Civil Veterinary Dept. Assam report 1911-1927 - 1911-1927
Year: 1911
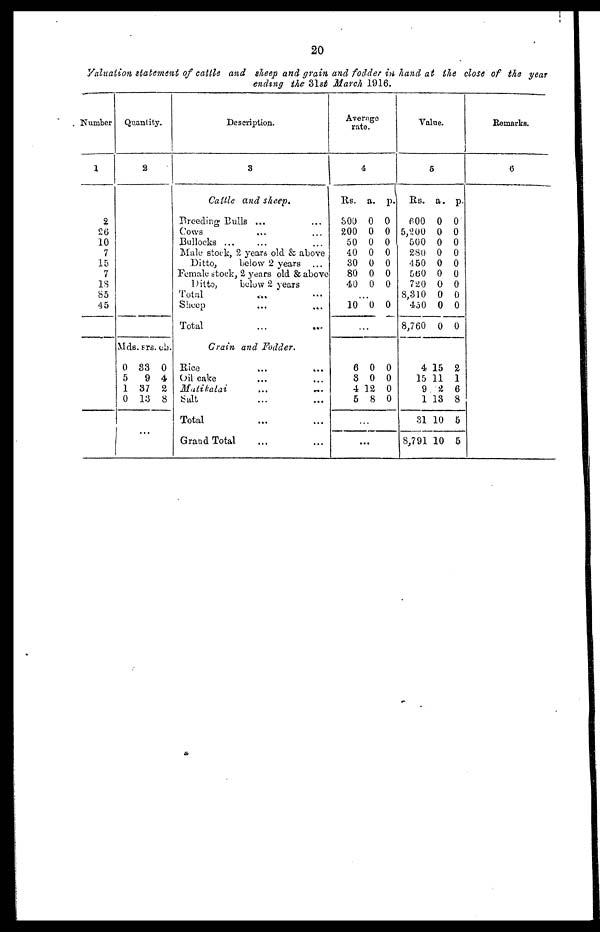
20
Valuation statement of cattle and sheep and grain and fodder in hand at the close of the year
ending the 31st Match 1916.
Number
1
2
26
10
7
15
7
18
85
45
Quantity.
2
Mds
0
5
1
0
. srs
83
9
37
13
. ch.
0
4
2
8
Description.
3
Cattle and sheep.
Breeding Bulls ...
...
Cows
Bullocks ...
Male stock, 2 years old & above
Ditto,
below 2 years ...
Female stock, 2 years old & above
Ditto,
below 2 years
Total
Sheep
Total
Grain and Fodder.
Rice ... ...
Oil cake
Matikalai
...
...
Salt
Total
Grand Total
Averaratgee.
4
Rs.
500
200
50
40
30
80
40
...
10
.
6
8
4
5
.
.
a.
0
0
0
0
0
0
0
0
..
0
0
12
8
..
..
p.
0
0
0
0
0
0
0
0
0
0
0
0
Value.
5
Rs.
600
5,200
500
280
450
560
720
8,310
450
8,760
4
15
9
1
31
8,791
a.
0
0
0
0
0
0
0
0
0
0
15
11
2
13
10
10
p.
0
0
0
0
0
0
0
0
0
0
2
1
6
8
5
5
Remarks.
6